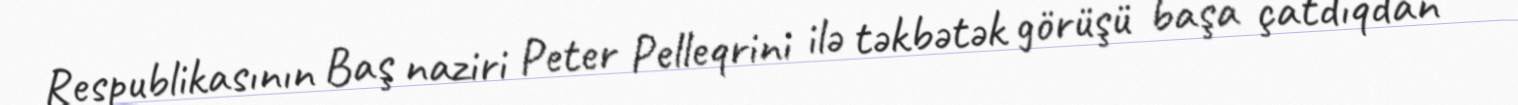
Respublikasının Baş naziri Peter Pelleqrini ilə təkbətək görüşü başa çatdıqdan